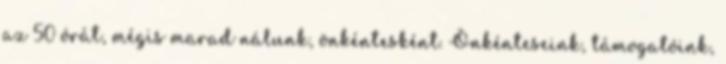
az 50 órát, mégis marad nálunk, önkéntesként. Önkénteseink, támogatóink,